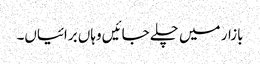
بازار میں چلے جائیں وہاں برائیاں۔